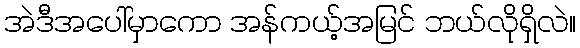
အဲဒီအပေါ်မှာကော အန်ကယ့်အမြင် ဘယ်လိုရှိလဲ။